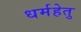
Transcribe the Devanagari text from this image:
धर्महेतु